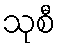
သုစီ